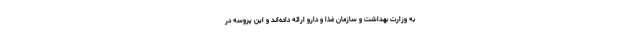
به وزارت بهداشت و سازمان غذا و دارو ارائه داده‌اند و این پروسه در